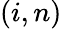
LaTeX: (i,n)